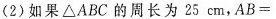
(2) 如果△ABC的周长为25cm，$$A B =